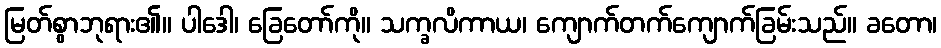
မြတ်စွာဘုရား၏။ ပါဒေါ၊ ခြေတော်ကို။ သက္ခလိကာယ၊ ကျောက်တက်ကျောက်ခြမ်းသည်။ ခတော၊